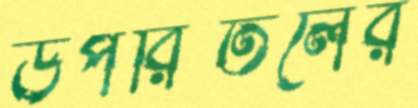
উপরিতলের